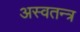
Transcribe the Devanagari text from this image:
अस्वतन्त्र